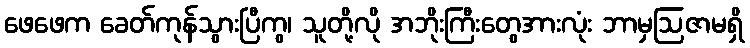
ဖေဖေက ခေတ်ကုန်သွားပြီကွ၊ သူတို့လို အဘိုးကြီးတွေအားလုံး ဘာမှဩဇာမရှိ